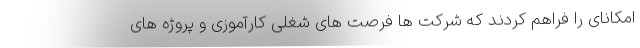
امکانای را فراهم کردند که شرکت ها فرصت های شغلی کارآموزی و پروژه های